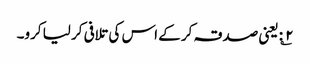
۲؎: یعنی صدقہ کر کے اس کی تلافی کر لیا کرو۔